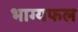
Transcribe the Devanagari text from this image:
भाग्यफल